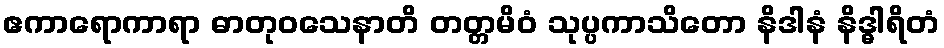
ဧကာရောကာရာ ဓာတုဝသေနာတိ တတ္တမိဝံ သုပ္ပကာသိတော နိဒါနံ နိဒ္ဓါရိတံ